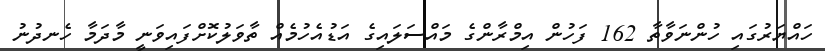
ހައްޔަރުގައި ހުންނަވާތާ 162 ފަހުން އިމްރާންގެ މައްސަލައިގެ އަޑުއެހުމެއް ތާވަލުކޮށްފައިވަނީ މާދަމާ ހެނދުނު